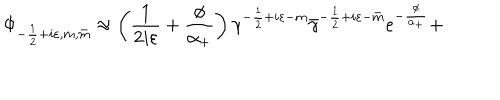
LaTeX: \Phi _ { - \frac 1 2 + i \varepsilon , m , \bar { m } } \approx \left( \frac 1 { 2 i \varepsilon } + \frac \phi { \alpha _ { + } } \right) \gamma ^ { - \frac 1 2 + i \varepsilon - m } \bar { \gamma } ^ { - \frac 1 2 + i \varepsilon - \bar { m } } e ^ { - \frac \phi { \alpha _ { + } } } +